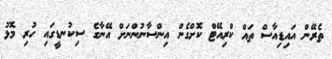
ތެރޭން އައިޑިއާސް ތައް ކްރިއޭޓް ކޮށްގެން އިންސާނުންނަށް އޭނާގެ ސިކުނޑީގައި ހުރި މޮޅު